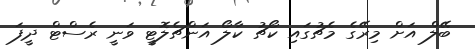
ބޭލް އަށް މިރޭގެ މެޗުގައި ކޯޗު ކާލޯ އަންޗެލޮޓީ ވަނީ ރެސްޓް ދީފަ